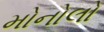
મોનોલો